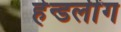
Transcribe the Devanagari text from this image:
हेन्डलींग